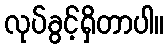
လုပ်ခွင့်ရှိတာပါ။